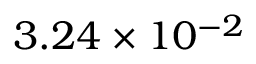
3 . 2 4 \times 1 0 ^ { - 2 }